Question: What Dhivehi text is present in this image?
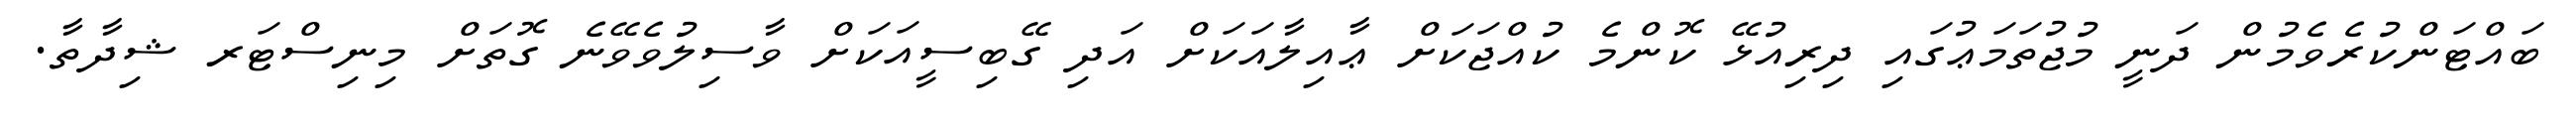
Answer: ބައްޓަންކުރެވެމުން ދަނީ މުޖުތަމަޢުގައި ދިރިއުޅޭ ކޮންމެ ކުއްޖަކަށް ޢާއިލާއަކަށް އަދި ގޭބިސީއަކަށް ވާސިލުވެވޭނެ ގޮތަށް މިނިސްޓަރ ޝިދާތާ.